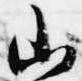
山